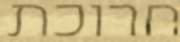
חרוכת